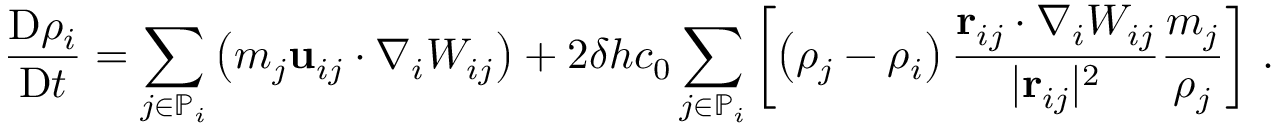
\frac { \mathrm { D } \rho _ { i } } { \mathrm { D } t } = \sum _ { j \in \mathbb { P } _ { i } } \left( m _ { j } \mathbf { u } _ { i j } \cdot \nabla _ { i } W _ { i j } \right) + 2 \delta h c _ { 0 } \sum _ { j \in \mathbb { P } _ { i } } \left[ \left( \rho _ { j } - \rho _ { i } \right) \frac { \mathbf { r } _ { i j } \cdot \nabla _ { i } W _ { i j } } { \vert \mathbf { r } _ { i j } \vert ^ { 2 } } \frac { m _ { j } } { \rho _ { j } } \right] \, .